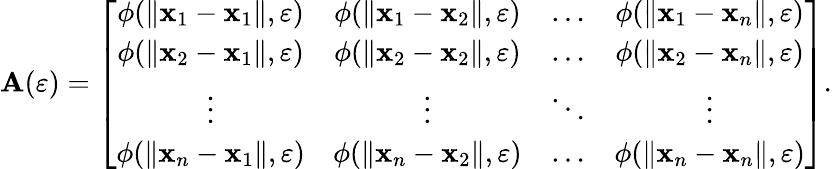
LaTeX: \mathbf{A}(\varepsilon)=\left[\begin{array}{cccc}{\phi(\| \mathbf{x}_{1}-\mathbf{x}_{1}\| ,\varepsilon)}&{\phi(\| \mathbf{x}_{1}-\mathbf{x}_{2}\| ,\varepsilon)}&{\dots}&{\phi(\| \mathbf{x}_{1}-\mathbf{x}_{n}\| ,\varepsilon)}\\ {\phi(\| \mathbf{x}_{2}-\mathbf{x}_{1}\| ,\varepsilon)}&{\phi(\| \mathbf{x}_{2}-\mathbf{x}_{2}\| ,\varepsilon)}&{\dots}&{\phi(\| \mathbf{x}_{2}-\mathbf{x}_{n}\| ,\varepsilon)}\\ {\vdots}&{\vdots}&{\ddots}&{\vdots}\\ {\phi(\| \mathbf{x}_{n}-\mathbf{x}_{1}\| ,\varepsilon)}&{\phi(\| \mathbf{x}_{n}-\mathbf{x}_{2}\| ,\varepsilon)}&{\dots}&{\phi(\| \mathbf{x}_{n}-\mathbf{x}_{n}\| ,\varepsilon)}\end{array}\right].